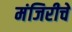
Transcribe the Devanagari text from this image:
मंजिरीचे